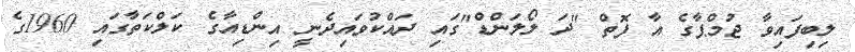
ލިބިފައިވާ ޖުމްޕާގެ އާ ފޮތް "ދަ ލޯލަންޑް"ގައި ދައްކުވައިދެނީ އިންޑިއާގެ ކަލްކަތާގައި 1960ގެ